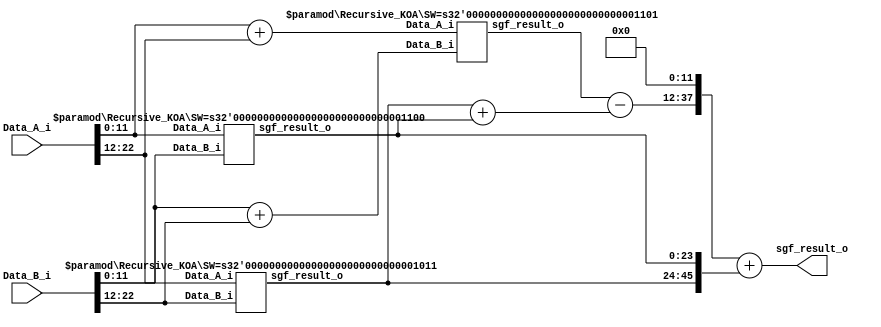
module Recursive_KOA
    //#(parameter SW = 24, parameter precision = 0)
    #(parameter SW = 23)
    (
    input wire [SW-1:0] Data_A_i,
    input wire [SW-1:0] Data_B_i,
    output reg [2*SW-1:0] sgf_result_o
    );

    ///////////////////////////////////////////////////////////
    wire [1:0] zero1;
    wire [3:0] zero2;
    assign zero1 = 2'b00;
    assign zero2 = 4'b0000;
    ///////////////////////////////////////////////////////////
    wire [SW/2-1:0] rightside1;
    wire [SW/2:0] rightside2;
    //Modificacion: Leftside signals are added. They are created as zero fillings as preparation for the final adder.
    wire [SW/2-3:0] leftside1;
    wire [SW/2-4:0] leftside2;


    reg [4*(SW/2)-1:0] sgf_r = 0;

    assign rightside1 = (SW/2) *1'b0;
    assign rightside2 = (SW/2+1)*1'b0;

    assign leftside1 = (SW/2-2) *1'b0; //Se le quitan dos bits con respecto al right side, esto porque al sumar, se agregan bits, esos hacen que sea diferente
    assign leftside2 = (SW/2-1)*1'b0;

    localparam half = SW/2;


        `define STOP_SW1 3
        `define STOP_SW2 4


generate

    //assign i = Stop_I;
    if (SW <=`STOP_SW1 || SW <=`STOP_SW2) begin
        always @* begin
             sgf_result_o <= Data_A_i * Data_B_i;
        end
    end else begin


    case (SW%2)
        0:begin : EVEN1
            wire [SW-1:0] Q_left;
            wire [SW-1:0] Q_right;
            wire [SW+1:0] Q_middle;
            reg [SW-1:0]   Q_left_temp = 0;
            reg [SW-1:0] Q_right_temp = 0;
            reg [SW+1:0] Q_middle_temp = 0;
            reg [SW/2:0] result_A_adder = 0;
            reg [SW/2:0] result_B_adder = 0;
            reg [2*(SW/2+2)-1:0] S_A = 0;
            reg [2*(SW/2+2)-1:0] S_B = 0;

        //////////////////////////////////even//////////////////////////////////

                Recursive_KOA #(.SW(SW/2))   left_high (
                    .Data_A_i      (Data_A_i[(SW-1) -: SW/2]),
                    .Data_B_i      (Data_B_i[(SW-1) -: SW/2]),
                    .sgf_result_o  (Q_left[SW-1:0]));

                Recursive_KOA #(.SW(SW/2))   right_lower (
                    .Data_A_i      (Data_A_i[((SW/2)-1):0]),
                    .Data_B_i      (Data_B_i[((SW/2)-1):0]),
                    .sgf_result_o  (Q_right [SW-1:0])
                    );

                Recursive_KOA #(.SW((SW/2)+1)) middle (
                    .Data_A_i      (result_A_adder),
                    .Data_B_i      (result_B_adder),
                    .sgf_result_o  (Q_middle)
                    );

           always @* begin : EVEN

                 Q_left_temp <= Q_left;

                 Q_right_temp <= Q_right;

                 Q_middle_temp <= Q_middle;

                 result_A_adder <= (Data_A_i[((SW/2)-1):0] + Data_A_i[(SW-1) -: SW/2]);

                 result_B_adder <= (Data_B_i[((SW/2)-1):0] + Data_B_i[(SW-1) -: SW/2]);

                 S_B <= ((Q_middle_temp - Q_left_temp) - {zero1,Q_right_temp});

                 sgf_result_o[2*SW-1:0] <= {S_B[2*(SW/2)+1:0],rightside1} + {Q_left_temp,Q_right_temp[2*(SW/2)-1:0]};

           end

        end
    1:begin : ODD1

                wire [2*(SW/2)-1:0]   Q_left;
                wire [2*(SW/2+1)-1:0] Q_right;
                wire [2*(SW/2+2)-1:0] Q_middle;
                reg [2*(SW/2)-1:0]   Q_left_temp;
                reg [2*(SW/2+1)-1:0] Q_right_temp;
                reg [2*(SW/2+2)-1:0] Q_middle_temp;
                reg [SW/2+1:0] result_A_adder;
                reg [SW/2+1:0] result_B_adder;
                reg [2*(SW/2+2)-1:0] S_A;
                reg [2*(SW/2+2)-1:0] S_B;

                Recursive_KOA #(.SW(SW/2))     left_high (
                    .Data_A_i      (Data_A_i[SW-1:SW/2+1]),
                    .Data_B_i      (Data_B_i[SW-1:SW/2+1]),
                    .sgf_result_o  (Q_left)
                    );

                Recursive_KOA #(.SW((SW/2)+1)) right_lower (
                    .Data_A_i      (Data_A_i[SW/2:0]),
                    .Data_B_i      (Data_B_i[SW/2:0]),
                    .sgf_result_o  (Q_right)
                    );

                Recursive_KOA #(.SW((SW/2)+2)) middle (
                    .Data_A_i      (result_A_adder),
                    .Data_B_i      (result_B_adder),
                    .sgf_result_o  (Q_middle)
                    );

            always @* begin : ODD

                Q_left_temp <= Q_left;

                Q_right_temp <= Q_right;

                Q_middle_temp <= Q_middle;

                 result_A_adder <= (Data_A_i[SW-SW/2-1:0] + Data_A_i[SW-1:SW-SW/2]);

                 result_B_adder <= Data_B_i[SW-SW/2-1:0] + Data_B_i[SW-1:SW-SW/2];

                 S_B <= (Q_middle_temp - (Q_left_temp + Q_right_temp));

                 sgf_result_o<= {S_B,rightside2} + {Q_left_temp,Q_right_temp};
                 //sgf_result_o <= Result[2*SW-1:0];
           end


            //assign sgf_result_o = Result[2*SW-1:0];

        end
    endcase

end



endgenerate

endmodule